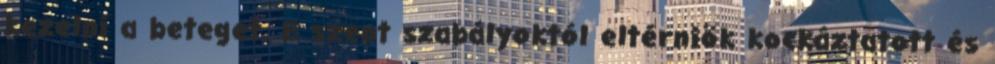
kezelni a beteget. E szent szabályoktól eltérniök kockáztatott és